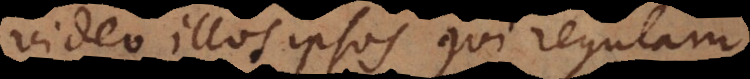
video illos ipsos qui regulam